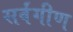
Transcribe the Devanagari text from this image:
सर्वंगीण